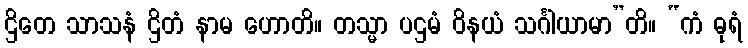
ဌိတေ သာသနံ ဌိတံ နာမ ဟောတိ။ တသ္မာ ပဌမံ ဝိနယံ သင်္ဂါယာမာ”တိ။ “ကံ ဓုရံ